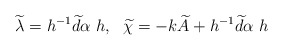
\begin{align*}\widetilde{\lambda}= h^{-1}\widetilde{d}\alpha \ h, \ \ \widetilde{\chi}=-k\widetilde{A}+h^{-1}\widetilde{d}\alpha \ h\end{align*}